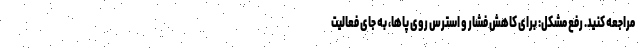
مراجعه کنید. رفع مشکل: برای کاهش فشار و استرس روی پاها، به جای فعالیت